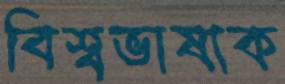
বিশ্বভাষাক